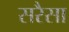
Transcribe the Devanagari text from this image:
सरैसा